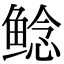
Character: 鲶